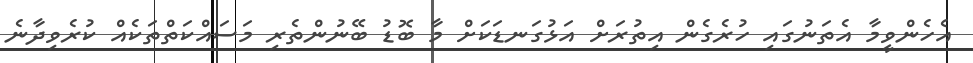
އެހެންވީމާ އެތަނުގައި ހުރެގެން އިތުރަށް އަޅުގަނޑަކަށް މާ ބޮޑު ބޭނުންތެރި މަސައްކަތްތަކެއް ކުރެވިދާނެ